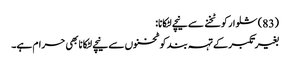
(83) شلوار کو ٹخنے سے نیچے لٹکانا:
بغیر تکبر کے تہہ بند کو ٹخنوں سے نیچے لٹکانا بھی حرام ہے۔